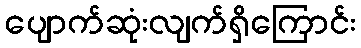
ပျောက်ဆုံးလျက်ရှိကြောင်း